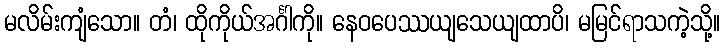
မလိမ်းကျံသော။ တံ၊ ထိုကိုယ်အင်္ဂါကို။ နေဝပေဿယျသေယျထာပိ၊ မမြင်ရာသကဲ့သို့။